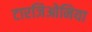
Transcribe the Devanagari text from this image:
टारजिओनिया